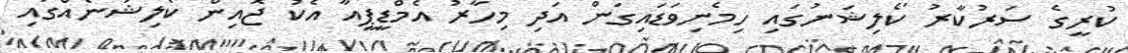
ކުރީގެ ސަރުކާރު ކޯލިޝަނުުގައި ހިމެނިވަޑައިގަން އަދި މިހާރު އެމްޑީޕީއާ އެކު ޖޮއިން ކޯލިޝަނެއްގައި